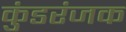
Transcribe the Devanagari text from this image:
कुंडरंजक